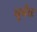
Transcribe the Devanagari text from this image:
पूर्नतः